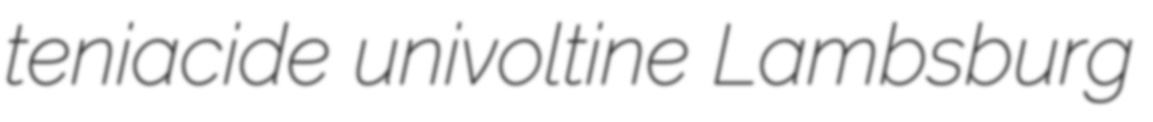
teniacide univoltine Lambsburg